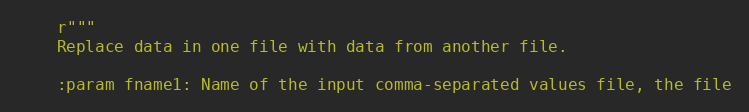
Language: Python
    r"""
    Replace data in one file with data from another file.

    :param fname1: Name of the input comma-separated values file, the file